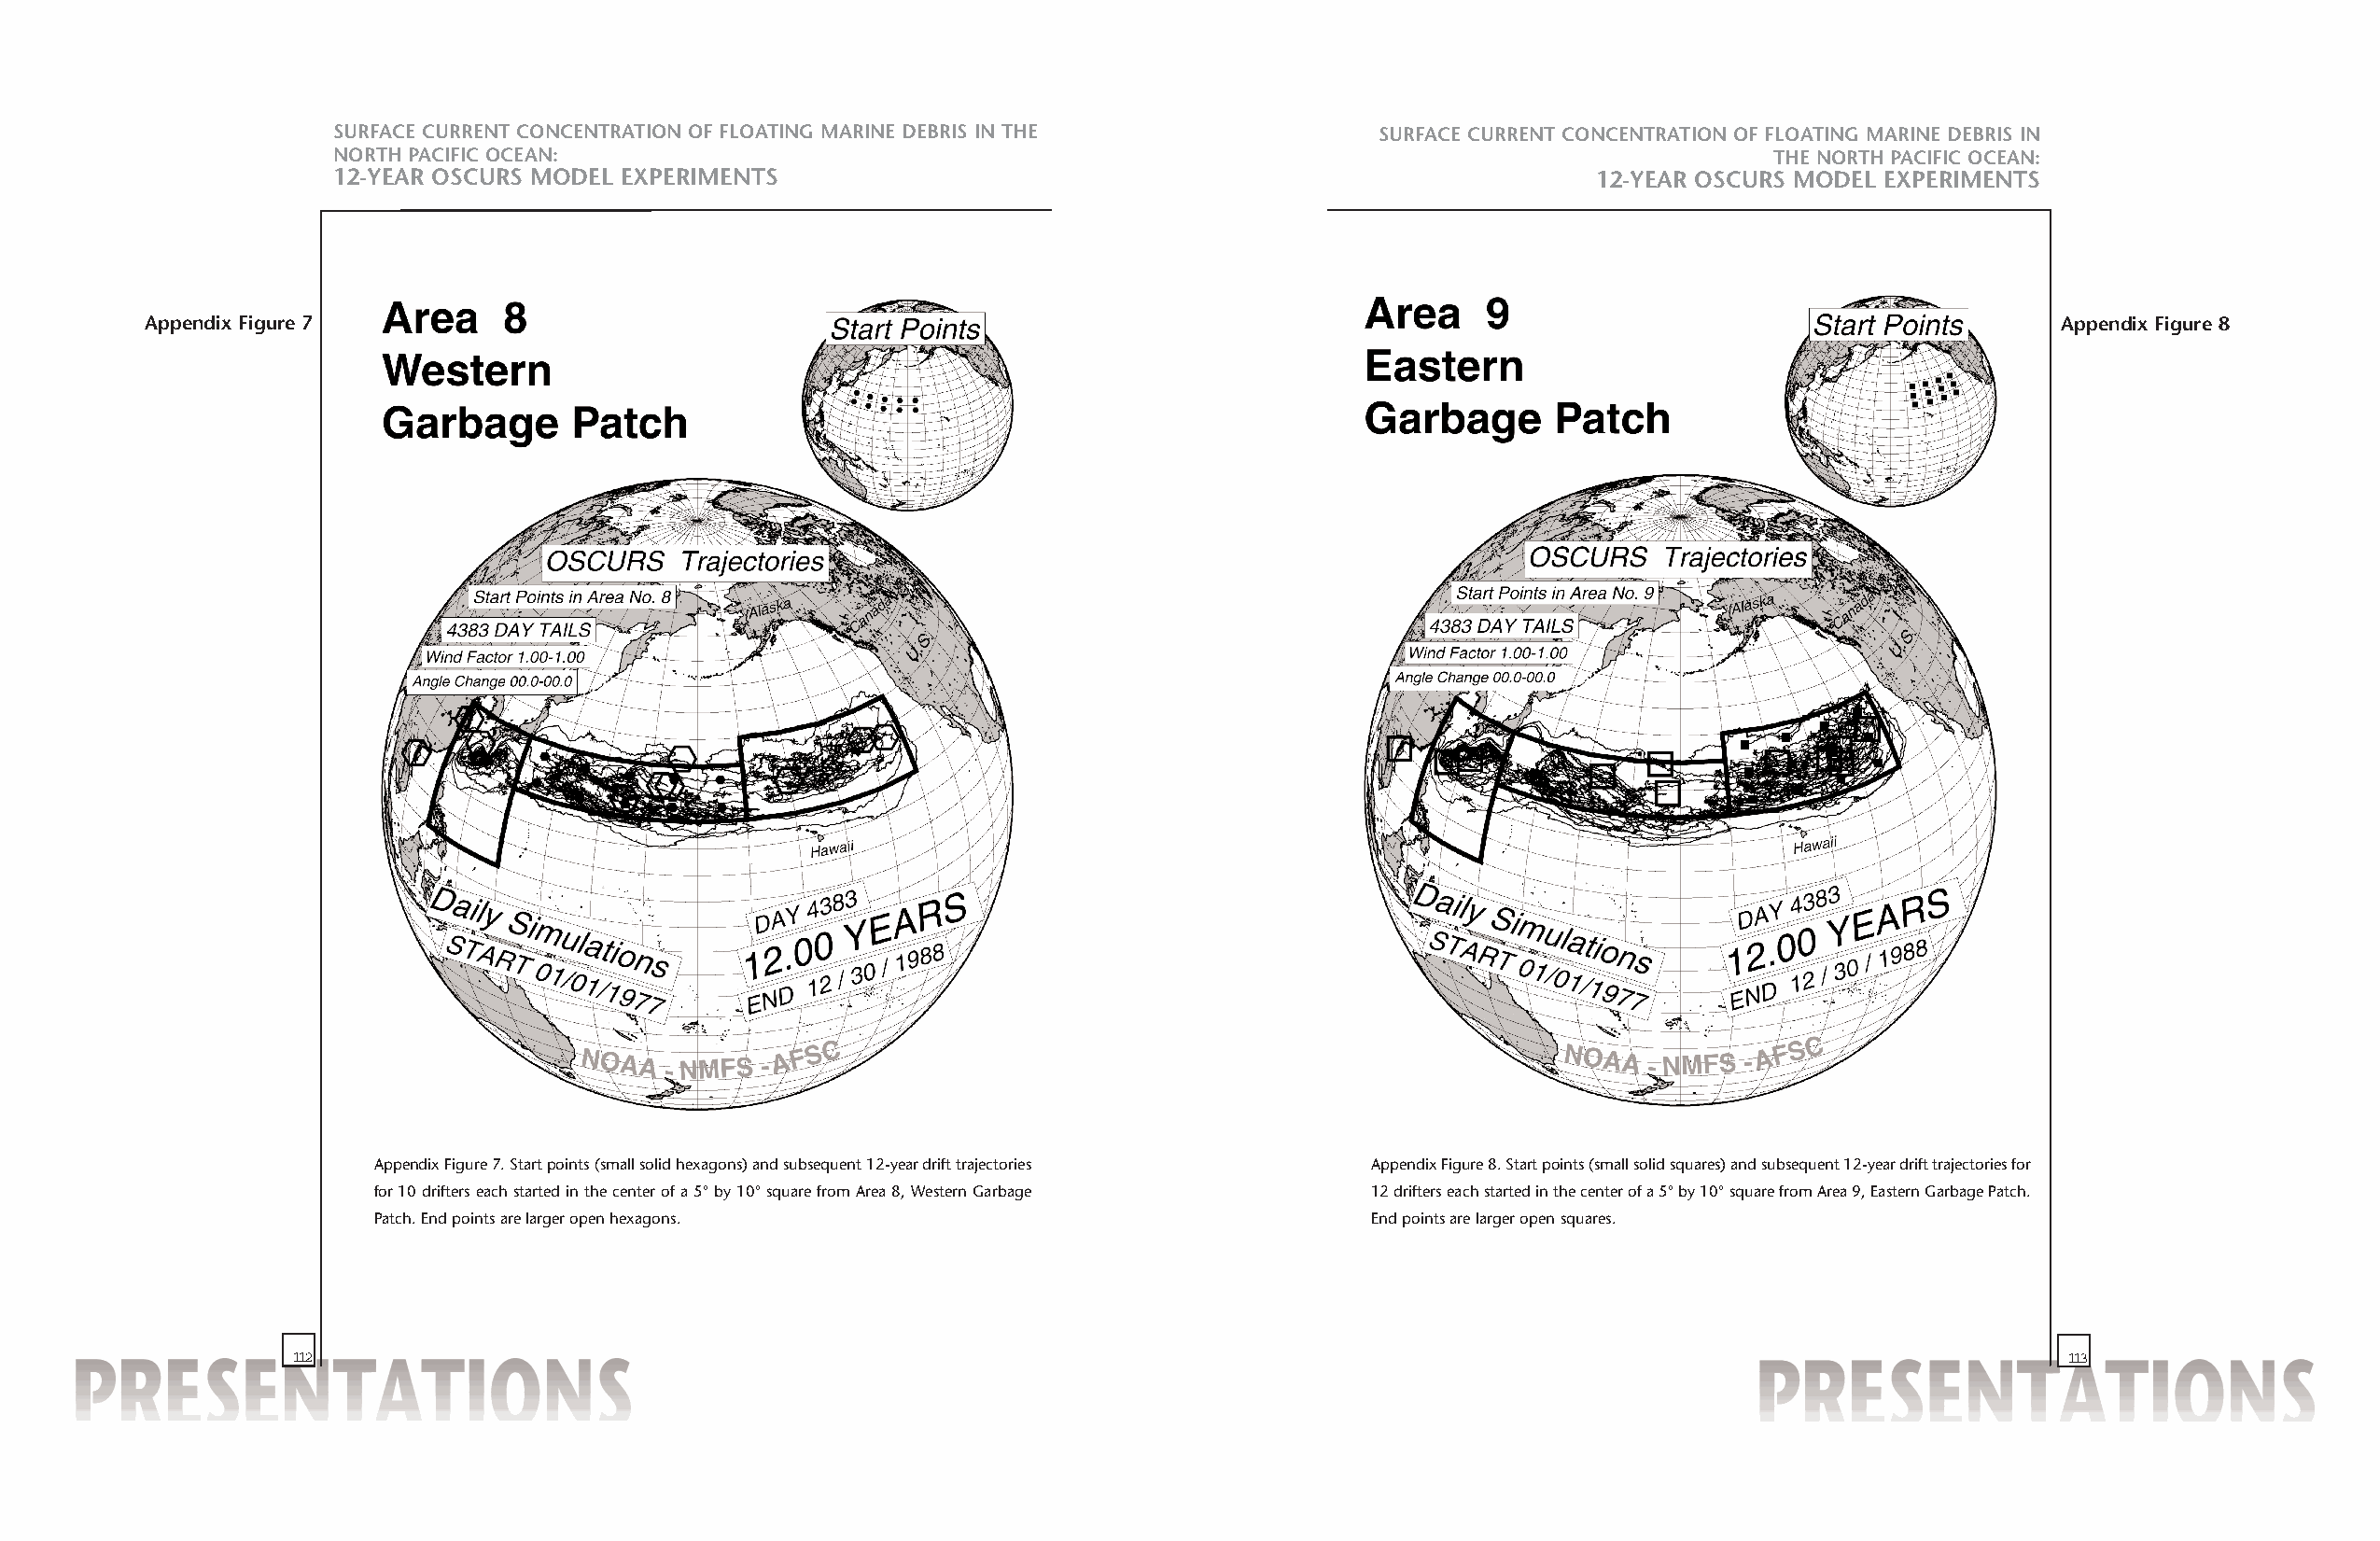
SURFACE CURRENT CONCENTRATION OF FLOATING MARINE DEBRIS IN THE            SURFACE CURRENT CONCENTRATION OF FLOATING MARINE DEBRIS IN
 NORTH PACIFIC OCEAN:                                                                                  THE NORTH PACIFIC OCEAN:
 12-YEAR OSCURS MODEL EXPERIMENTS                                                         12-YEAR OSCURS MODEL EXPERIMENTS
 Appendix Figure 7                                                                                                                       Appendix Figure 8
 Appendix Figure 7. Start points (small solid hexagons) and subsequent 12-year drift trajectories Appendix Figure 8. Start points (small solid squares) and subsequent 12-year drift trajectories for
 for 10 drifters each started in the center of a 5°by 10°square from Area 8, Western Garbage 12 drifters each started in the center of a 5°by 10°square from Area 9, Eastern Garbage Patch.
 Patch. End points are larger open hexagons.                           End points are larger open squares.
 112                                                                                                                           113